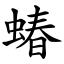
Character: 蝽